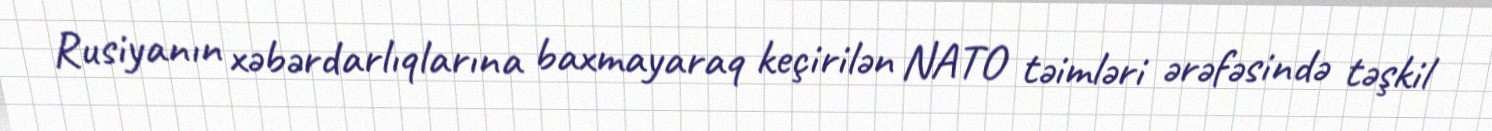
Rusiyanın xəbərdarlıqlarına baxmayaraq keçirilən NATO təimləri ərəfəsində təşkil